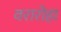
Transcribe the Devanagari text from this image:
वरारोहा